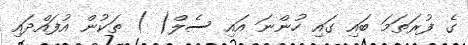
ގެ ފުރަތަމަ ބައި ގައި ހުންނަ އައި ސެލް( ) ތަކުން އުފައްދައި